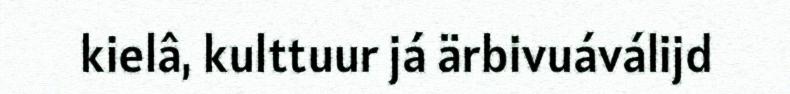
kielâ, kulttuur já ärbivuáválijd